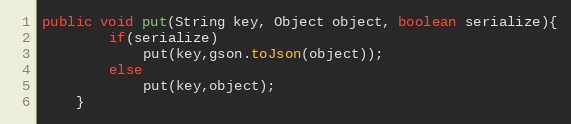
Language: Java
public void put(String key, Object object, boolean serialize){
        if(serialize)
            put(key,gson.toJson(object));
        else
            put(key,object);
    }